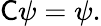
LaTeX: {\mathsf{C}}\psi=\psi.